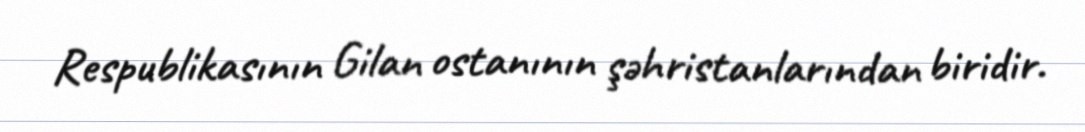
Respublikasının Gilan ostanının şəhristanlarından biridir.